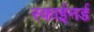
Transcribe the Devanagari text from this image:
स्काईनर्ड